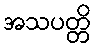
အသပတ္တိ